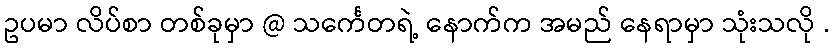
ဥပမာ လိပ်စာ တစ်ခုမှာ @ သင်္ကေတရဲ့ နောက်က အမည် နေရာမှာ သုံးသလို .